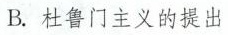
B.杜鲁门主义的提出